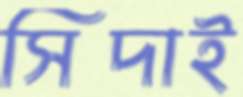
সিদাই